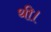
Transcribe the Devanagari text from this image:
थी।